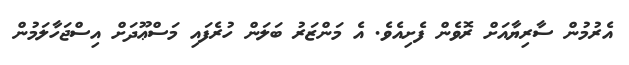
އެރުމުން ސާރިޔާއަށް ރޮވެން ފެށިއެވެ. އެ މަންޒަރު ބަލަން ހުރެފައި މަސްޢޫދަށް އިސްޖަހާލަމުން